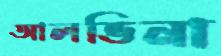
আলভিনা